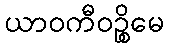
ယာဝကီဝဉ္စိမေ